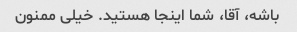
باشه، آقا، شما اینجا هستید. خیلی ممنون